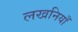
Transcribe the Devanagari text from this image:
लखनियाँ